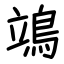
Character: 鴗